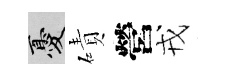
憂磧營戎